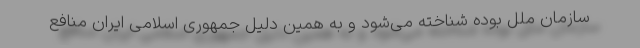
سازمان ملل بوده شناخته می‌شود و به همین دلیل جمهوری اسلامی ایران منافع